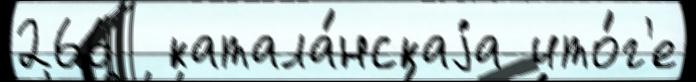
266  катала́нскаjа ито́г'е